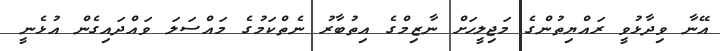
އޭނާ ވިދާޅުވީ ރައްޔިތުންގެ މަޖިލީހަށް ނާޒިމްގެ އިތުބާރު ނެތްކަމުގެ މައްސަލަ ވައްދައިގެން އުޅެނީ